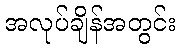
အလုပ်ချိန်အတွင်း